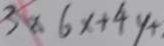
3 \times 6 x + 4 y